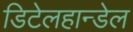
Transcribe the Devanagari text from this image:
डिटेलहान्डेल